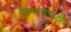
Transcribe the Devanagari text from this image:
जिवलगांसाठी